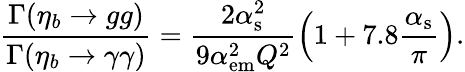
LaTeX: \frac{\Gamma(\eta_{b}\to gg)}{\Gamma(\eta_{b}\to\gamma\gamma)}=\frac{2\alpha_{\mathrm{s}}^{2}}{9\alpha_{\mathrm{em}}^{2}Q^{2}}\left(1+7.8\frac{\alpha_{\mathrm{s}}}{\pi}\right).